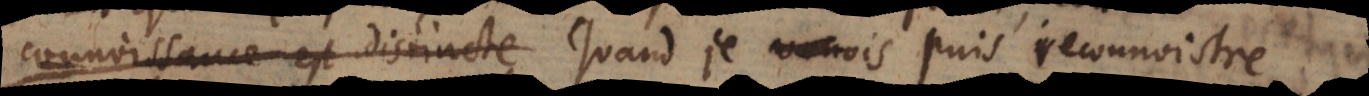
connoissance est distincte Quand je verrois reconnoistr